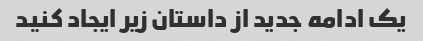
یک ادامه جدید از داستان زیر ایجاد کنید